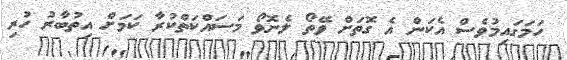
ހަމަގައިމުވެސް އެކަން އެ ގޮތަށް ވޭތޯ ލެނޮވޯ މަސައްކަތްކުރާ ކަމަށް އިތުބާރު ހުރި